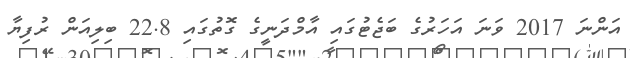
އަންނަ 2017 ވަނަ އަހަރުގެ ބަޖެޓުގައި އާމްދަނީގެ ގޮތުގައި 22.8 ބިލިއަން ރުފިޔާ